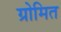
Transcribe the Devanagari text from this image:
ग्रोमित